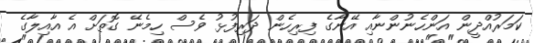
ކަމަރުއްދީން އަންހެނުންނާއި އޭނާގެ ފިރިހެން ދަރިފުޅު ވެސް ހިމެނޭ ގޮތަށް އެ އާއިލާގެ